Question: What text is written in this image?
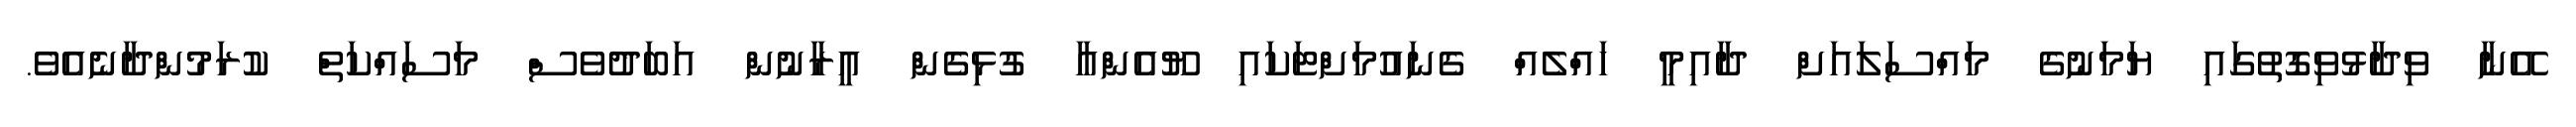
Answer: އޭނާ ވިދާޅުވިގޮތުގައި ޔަމަނުގެ މައްސަލައަށް ދާއިމީ ހައްލެއް ގެނައުމަށްޓަކައި ޔޫއެންއާ ގުޅިގެން އީރާނުން އަބަދުވެސް މަސައްކަތް ކުރަމުންދާނެއެވެ.